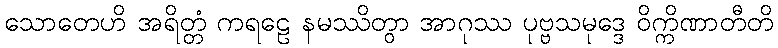
သောတေဟိ အရိတ္တံ ကရဠေ နမဿိတွာ အာဂုဿ ပုဗ္ဗသမုဒ္ဒေ ဝိက္ကိဏာတီတိ